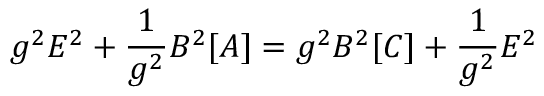
g ^ { 2 } E ^ { 2 } + \frac { 1 } { g ^ { 2 } } B ^ { 2 } [ A ] = g ^ { 2 } B ^ { 2 } [ C ] + \frac { 1 } { g ^ { 2 } } { \cal E } ^ { 2 }